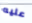
عليه